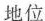
地位